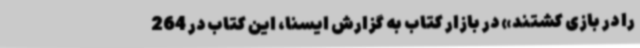
را ‌در ‌بازی‌ کشتند» در بازار کتاب به گزارش ایسنا، این کتاب در 264